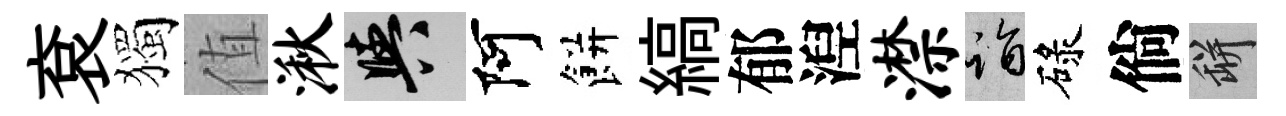
袞獨值湫阳阿餅縞郁湼潸诣碌倘瓶